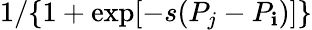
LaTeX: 1/\{ 1+\exp[-s({P}_{j}-{P}_{\mathbf{i}})]\}